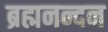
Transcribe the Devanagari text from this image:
ब्रह्मनन्दन